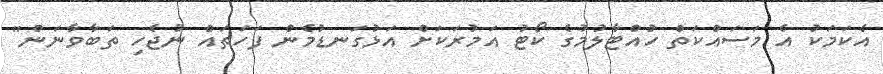
އެކަމަކު އެ މަސައްކަތް ހުއްޓާލުމުގެ ކޯޓު އަމުރަކަށް އަޅުގަނޑުމެން ފަހަތައް ނުޖެހި ތަބާވާނަން"